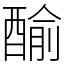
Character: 䤅